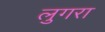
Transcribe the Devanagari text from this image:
लुगरा